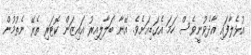
އުޅެލާފައި އާދެވުނީވެސް ހަމަ އެގަޑިއަށެވެ. އޭނާ ބަލާލިއިރު އައިޒަން ކޮޓަރި ތެރޭ ނެތުމުން